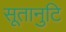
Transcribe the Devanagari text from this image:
सूतानुटि